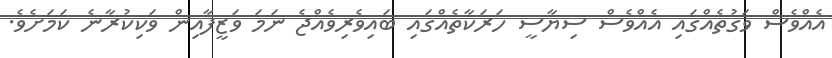
އެއްވެސް ވަގުތެއްގައި އެއްވެސް ސިޔާސީ ހަރަކާތެއްގައި ބައިވެރިވެއްޖެ ނަމަ ވަޒީފާއިން ވަކިކުރާނެ ކަމަށެވެ.